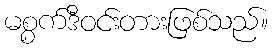
မစ္စက်ဒီဝင်းတားဖြစ်သည်။